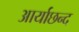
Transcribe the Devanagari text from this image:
आर्याछन्द